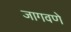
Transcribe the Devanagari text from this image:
जागवणे